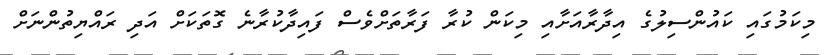
މިކަމުގައި ކައުންސިލުގެ އިދާރާއަށާއި މިކަން ކުރާ ފަރާތަށްވެސް ފައިދާކުރާނެ ގޮތަކަށް އަދި ރައްޔިތުންނަށް